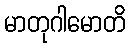
မာတုဂါမောတိ